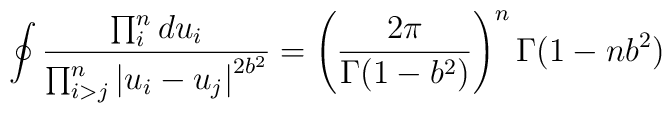
\oint\frac{\prod_{i}^{n}du_{i}}{\prod_{i>j}^{n}\left|  u_{i}-u_{j}\right|^{2b^{2}}}=\left(  \frac{2\pi}{\Gamma(1-b^{2})}\right)  ^{n}\Gamma(1-nb^{2})